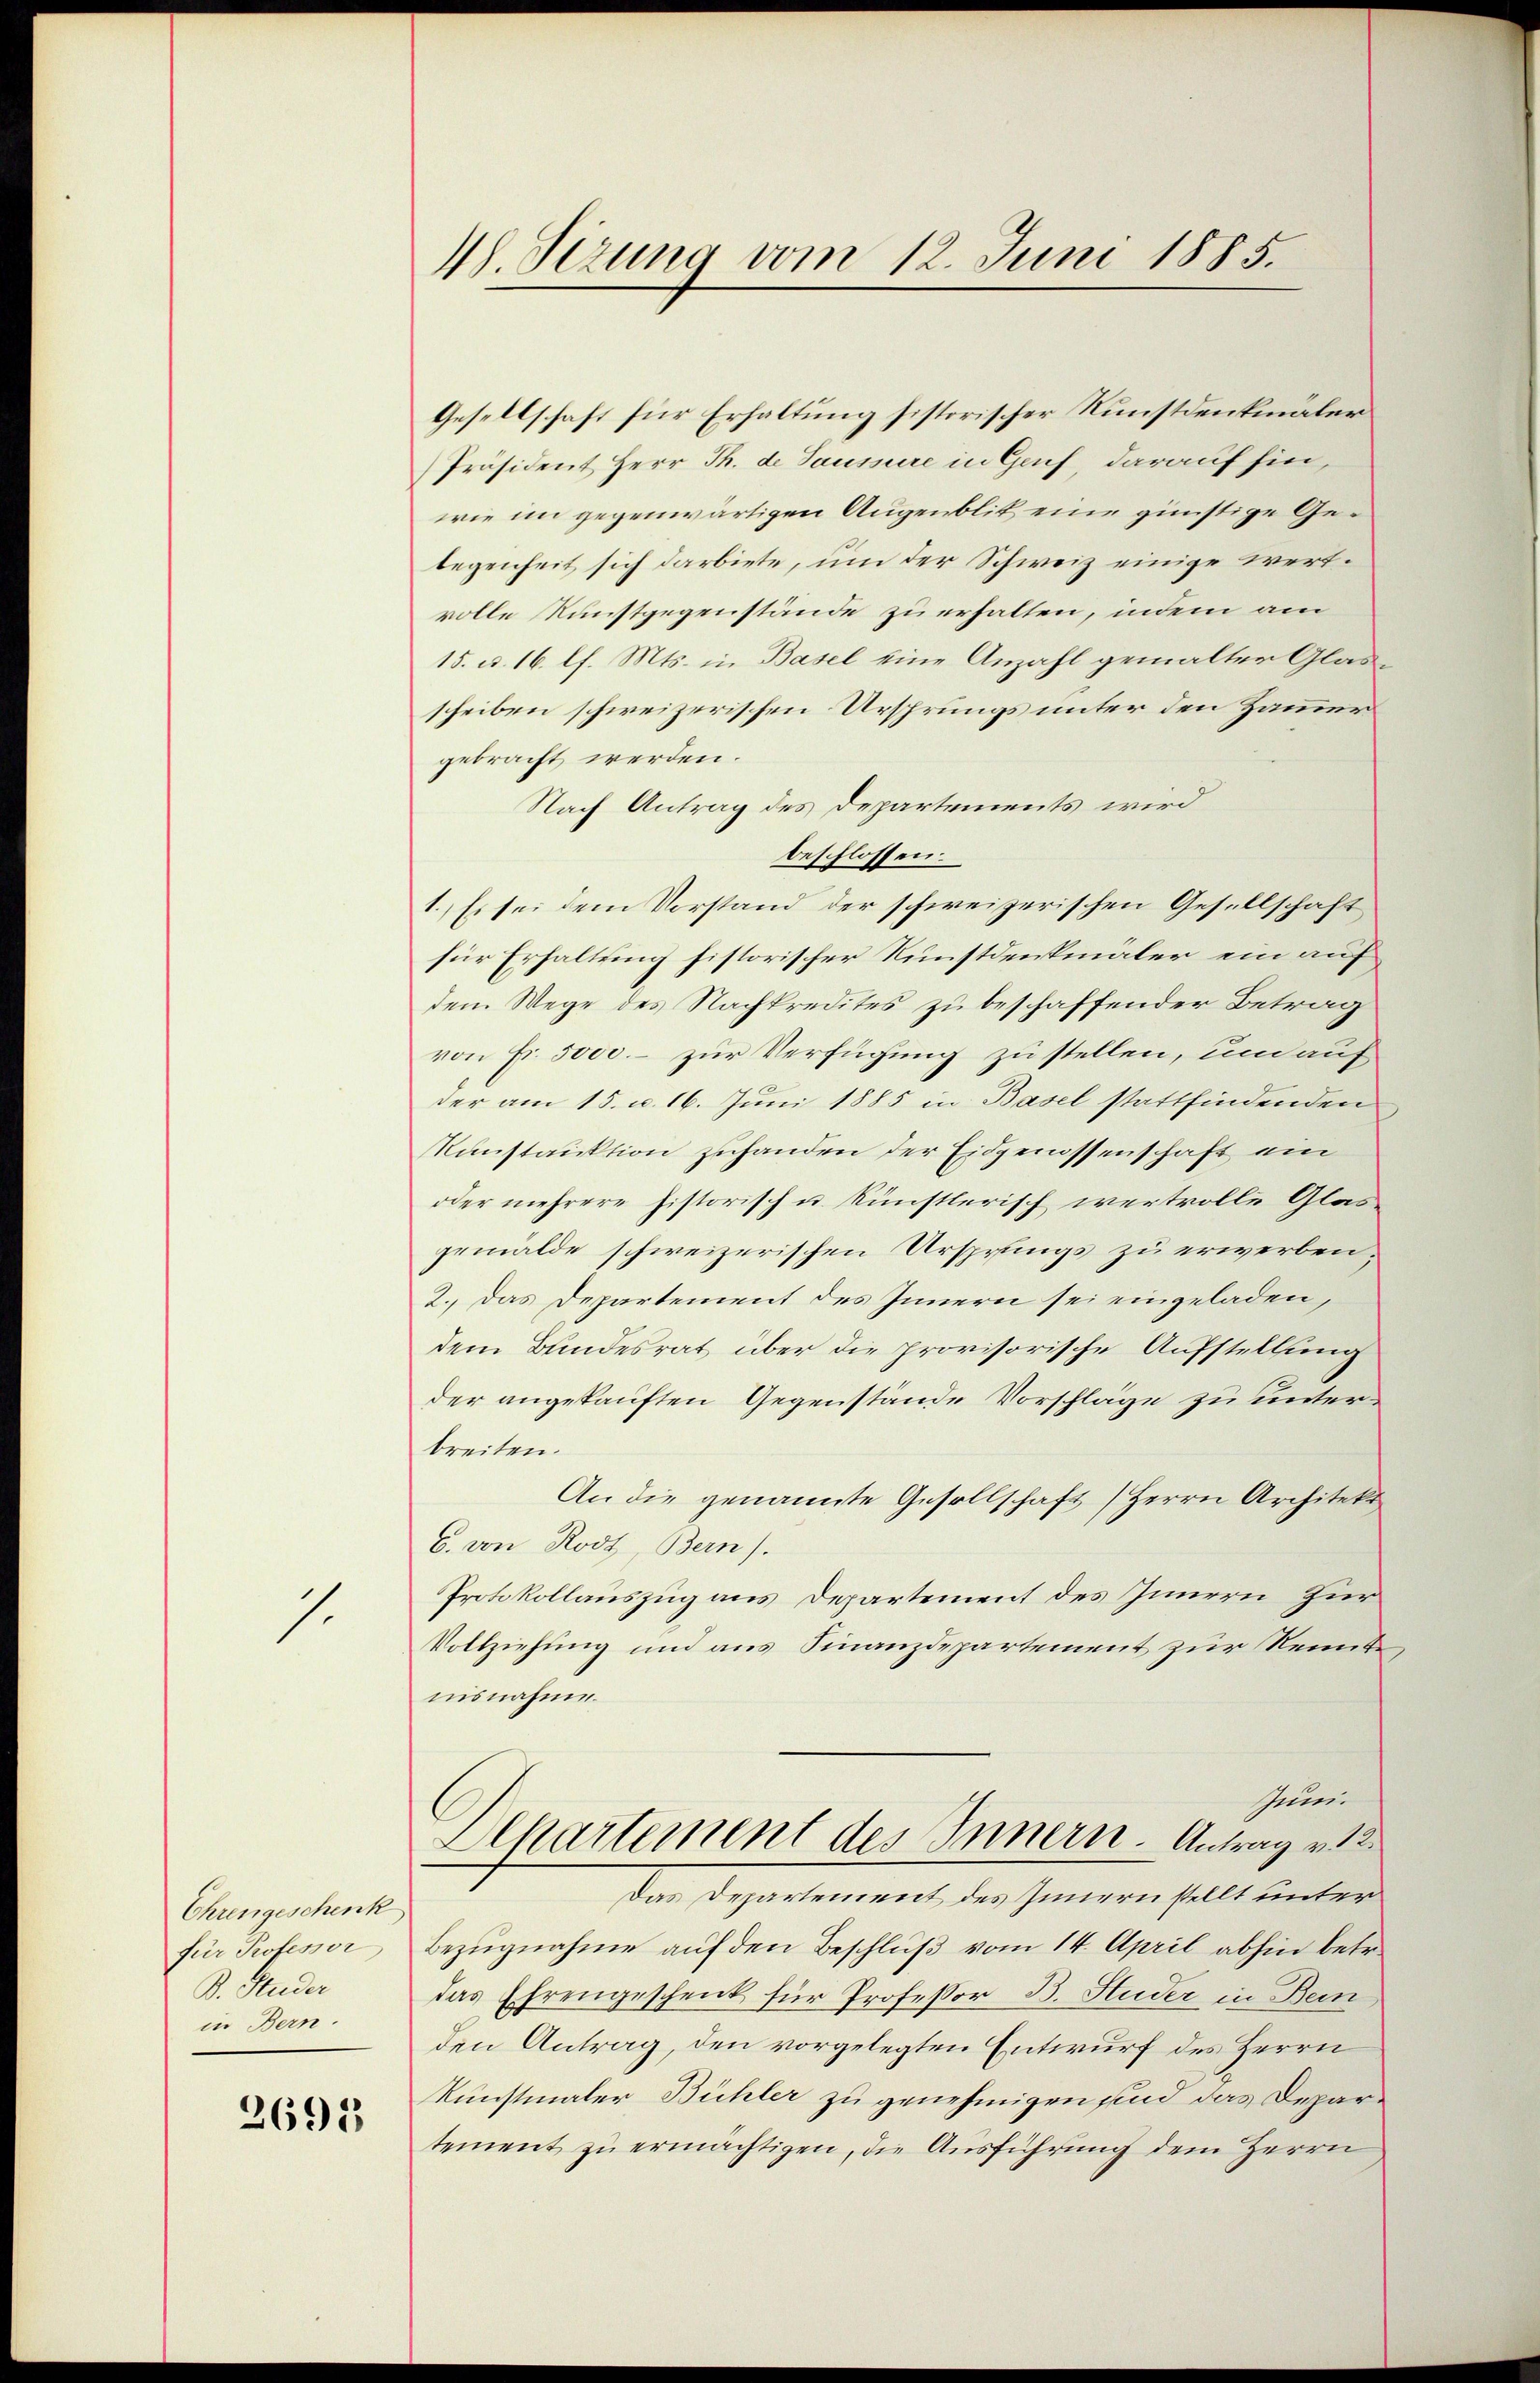
1

Ehrengeschenk
für Professor
B. Studer
in Bern.

2695

. Sizung vom 12. Juni 1885.

Gesellschaft für Erhaltung historischer Kunstdenkmäler
Präsident Herr Th. de Saussure in Genf, darauf hin,
wie im gegenwärtigen Augenblik eine günstige Gelegenheit sich darbiete, um der Schweiz einige wertvolle Kunstgegenstände zu erhalten, indem am
15. d. 16. l. Mts. in Basel eine Anzahl gemalter Glasscheiben schweizerischen Ursprungs unter den Hammer
gebracht werden.
Nach Antrag des Departements wird
beschlossen:
1.) Es sei dem Vorstand der schweizerischen Gesellschaft
für Erhaltung historischer Kunstdenkmaler ein auf
den Wege des Nachkredites zu beschaffender Betrag
von Fr. 5000.- zur Verfügung zu stellen, und auf
der am 15. d. 16. Juni 1885 in Basel stattfindenden
Kunstruktion zuhanden der Eidgenossenschaft ein
oder mehrere historisch u. künstlerisch wertvolle Glasgemälde schweizerischen Ursprungs zu erwerben,
2. Das Departement des Innern sei eingeladen,
dem Bundesrat über die provisorische Aufstellung
der angekauften Gegenstände Vorschläge zu unterbreiten.
An die genannte Gesellschaft) Herrn Architekt
C. von Rost, Bern).
Protokollauszug aus Departement des Innern zur
Vollziehung und aus Finanzdepartement zur Kennte,
nisnahme.
schein.
Alkartement des Innern. Antrag v. 12
Das Departement des Innern stellt unter
Bezugnahme auf den Beschluß vom 14. April abhin betr.
das Ehrengeschenk für Professor B. Studer in Bein
den Antrag, den vorgelegten Entwurf des Herrn
kunstmaler Bühler zu genehmigen sind das Departement zu ermächtigen, die Ausführung dem Herrn